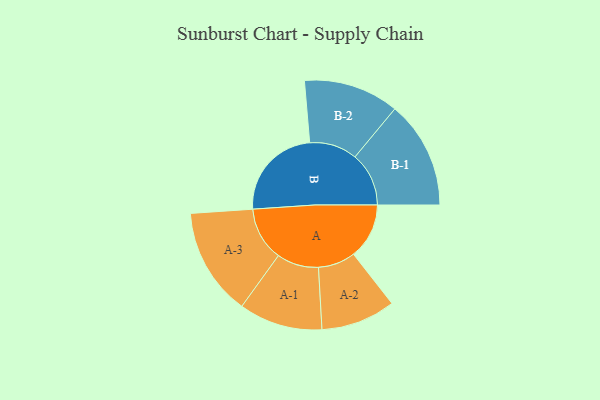
{"axis": {"x": "Segment", "y": "Value"}, "legend": ["", "A", "B"], "data": [{"x": "A", "y": 282, "type": ""}, {"x": "B", "y": 483, "type": ""}, {"x": "A-1", "y": 212, "type": "A"}, {"x": "A-2", "y": 189, "type": "A"}, {"x": "A-3", "y": 273, "type": "A"}, {"x": "B-1", "y": 273, "type": "B"}, {"x": "B-2", "y": 242, "type": "B"}]}